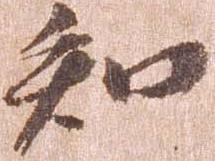
知